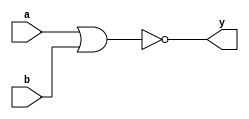
module nor_gatelevel(y,a,b);
input a,b;
output y;

nor(y,a,b);
endmodule